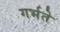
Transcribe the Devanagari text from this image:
गर्भते